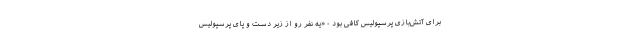
برای آتش‌بازی پرسپولیس کافی بود - «یه نفر رو از زیر دست و پای پرسپولیس